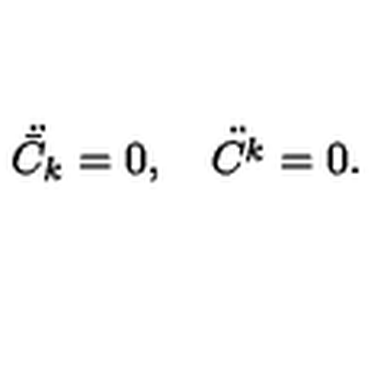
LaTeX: \ddot { { \bar { C } } _ { k } } = 0 , \quad \ddot { { C } ^ { k } } = 0 .